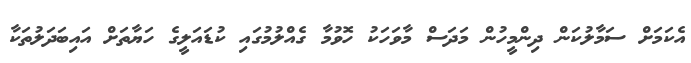
އެކަމަށް ސަމާލުކަން ދިންމީހުން މަދަސް މާވަހަކު ހޮވުމާ ގެއްލުމުގައި ކުޑައަލީގެ ހަޔާތަށް އައިބަދަލުތަކާ